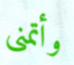
وأتمنى